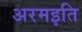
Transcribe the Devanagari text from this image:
अरमइति